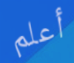
أعلم